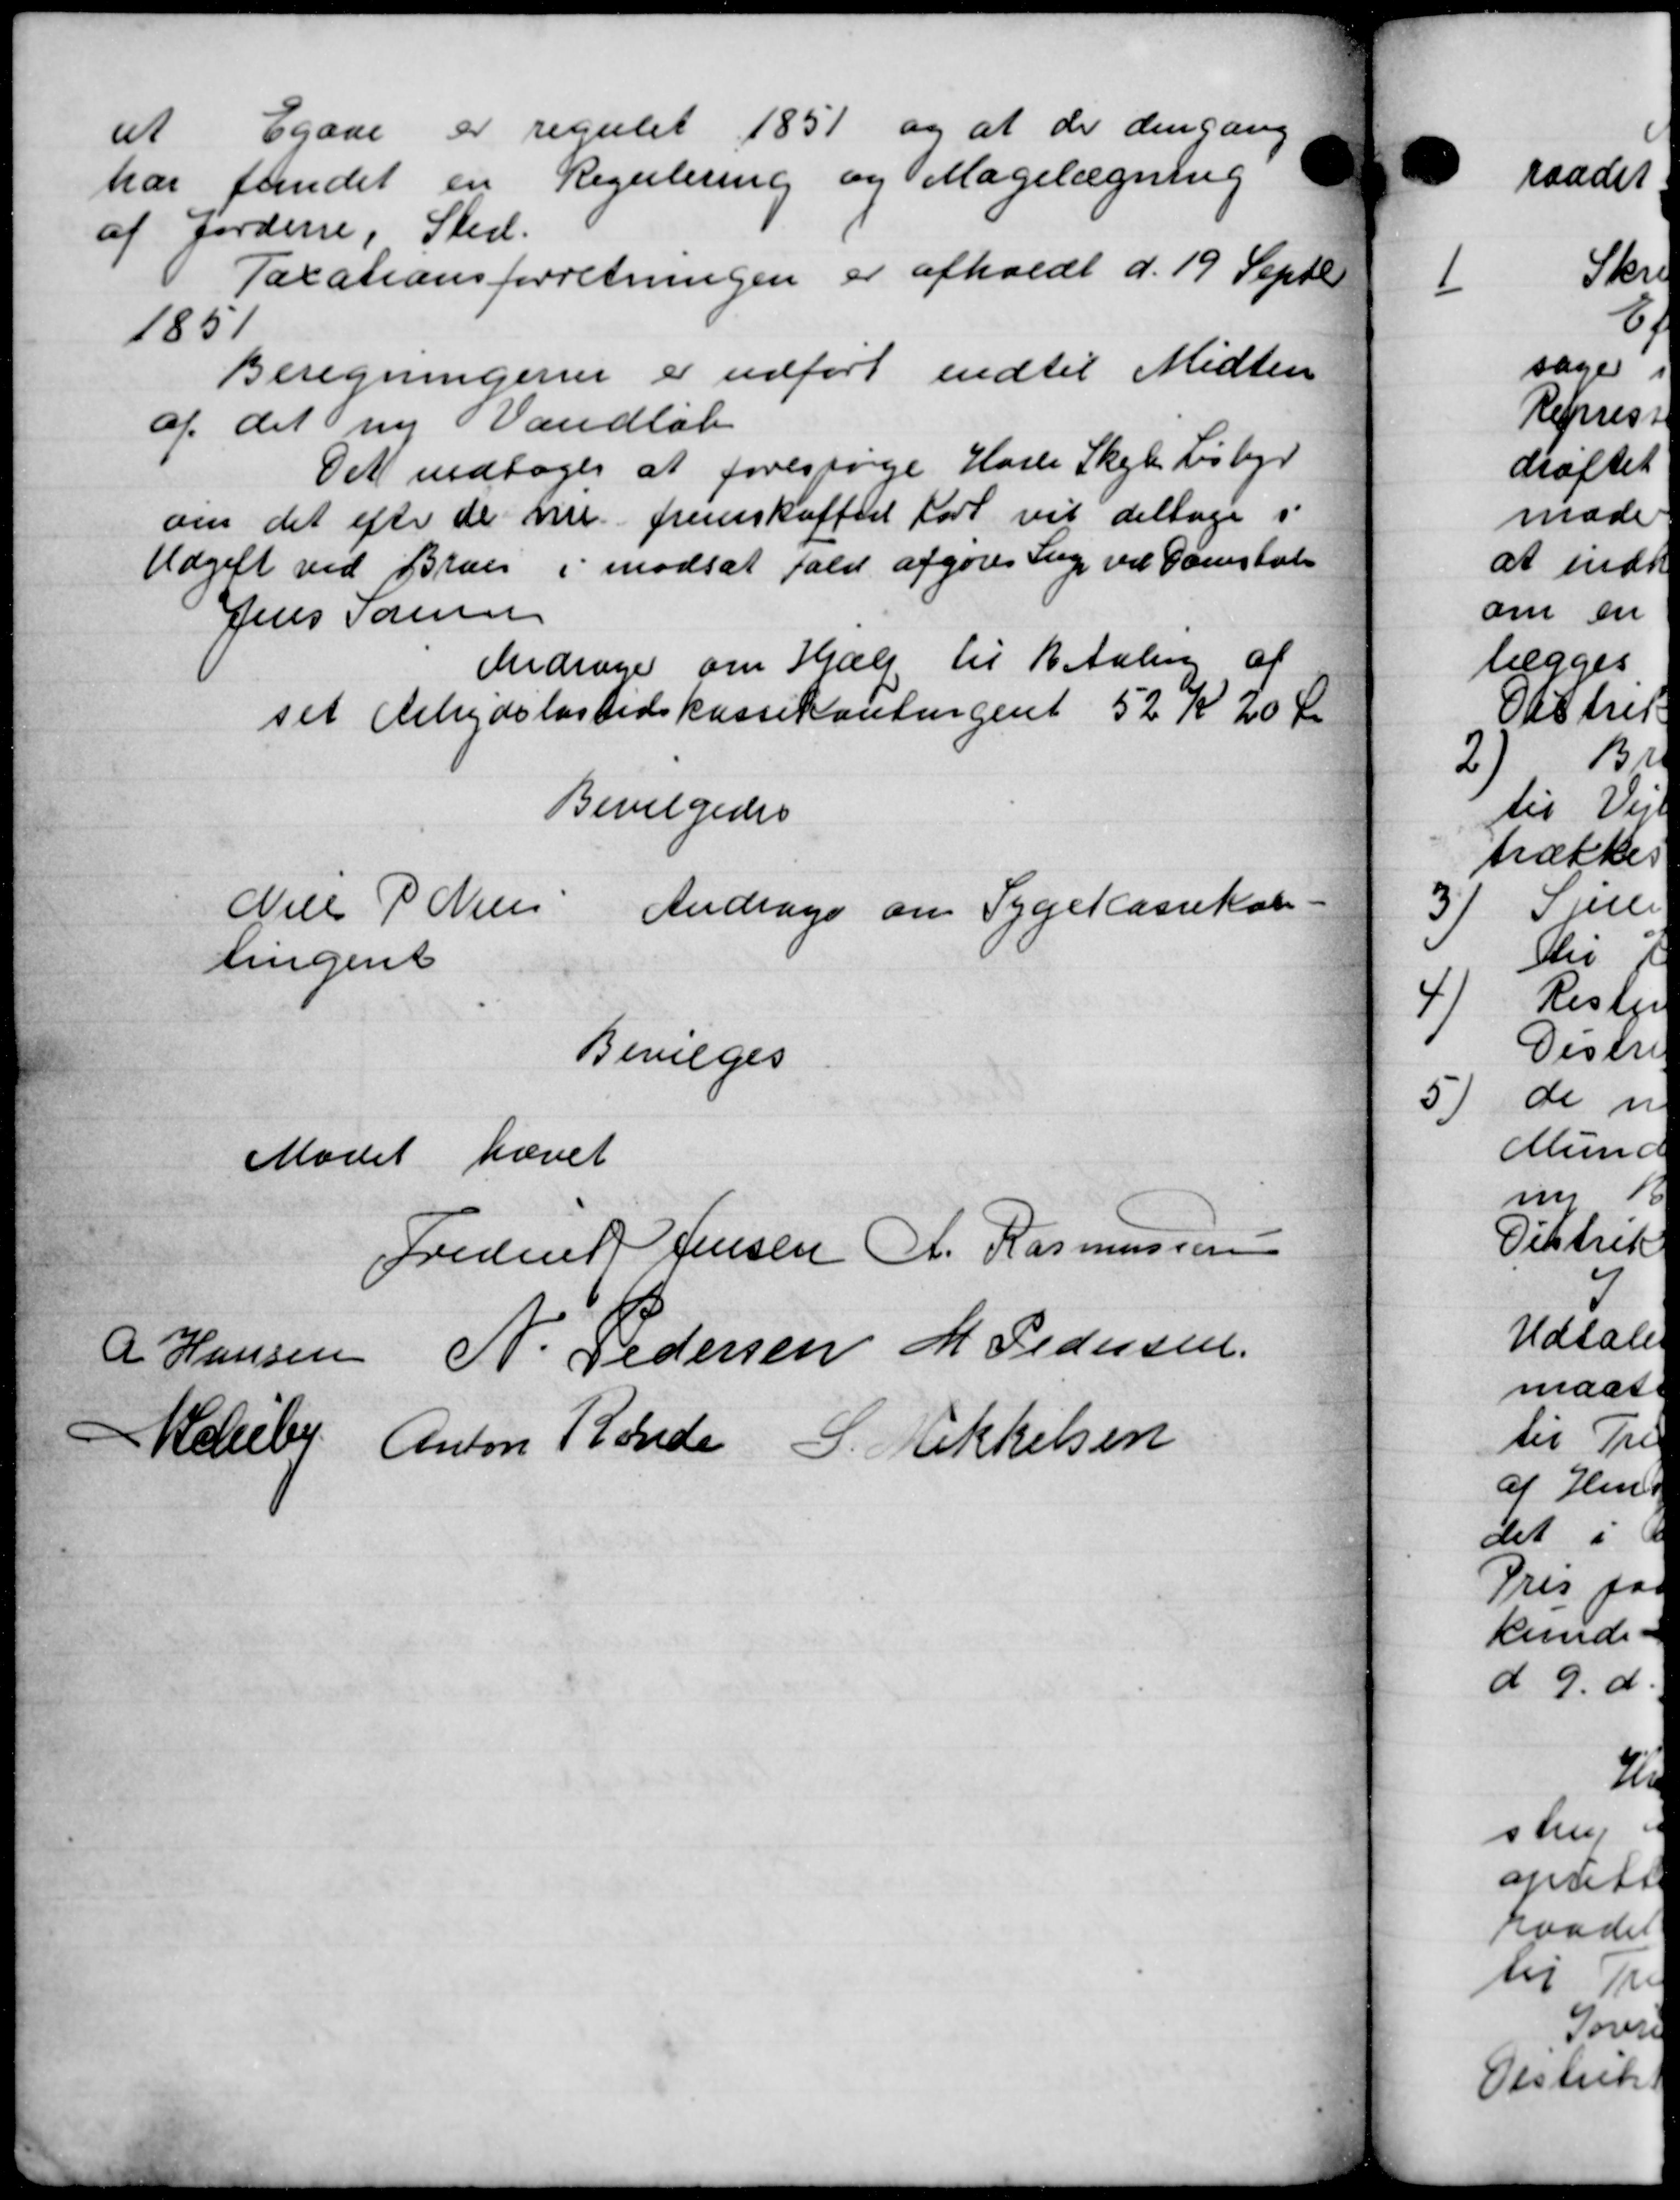
Transskription:
at Egaar er regulet 1851 og at de dengang
har fundet en Regulering og Magelægning
af Jordene, Sted.
Taxationsforretningen er afholdt d. 19 Septb.
1851
Beregningener er udført indtil Midten
af det ny Vandløb
Det vedtoges at foressøge Hasle Skole Lisbyr
om det efter de nu fremskaffes fort vil deltage i
Udgift ved Bran i modsat fald afgøres Sag ved Ovenstal
Jens Sørensen
Andrager om Hjælp til 1 Aalen af
set Arbejdsløshedskassekontingent 52 Kr 20 Øre
Bevilgedes
Niels P Niels
Andrage om Sygekassekon-
tingent
Bevilges
Mødet hævet
Frederik Jensen A. Rasmussen
R Hansen N. Pedersen M Pedersen
Kelleby Anton Ronde S. Mikkelsen